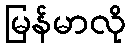
မြန်မာလို